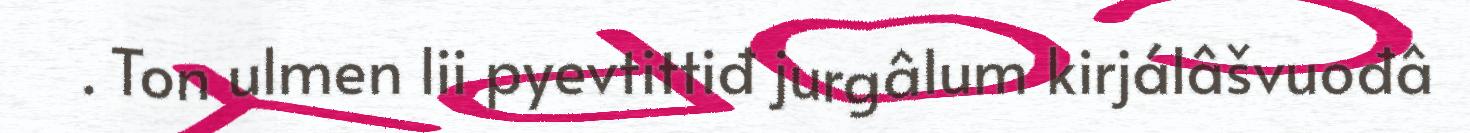
. Ton ulmen lii pyevtittiđ jurgâlum kirjálâšvuođâ